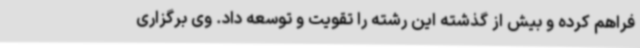
فراهم کرده و بیش از گذشته این رشته را تقویت و توسعه داد. وی برگزاری